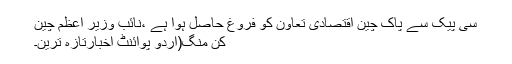
سی پیک سے پاک چین اقتصادی تعاون کو فروغ حاصل ہوا ہے ،نائب وزیر اعظم چین
کن منگ(اُردو پوائنٹ اخبارتازہ ترین۔